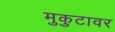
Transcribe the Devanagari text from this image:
मुकुटावर